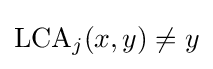
\mathrm {LCA} _{j}(x,y)\neq y